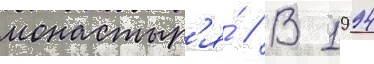
монастыр'я́ // В 1994